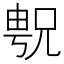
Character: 𫤝